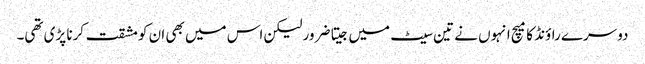
دوسرے راؤنڈ کا میچ انہوں نے تین سیٹ میں جیتا ضرور لیکن اس میں بھی ان کو مشقت کرنا پڑی تھی۔